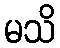
မသိ